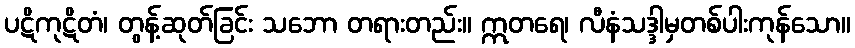
ပဋိကုဋိတံ၊ တွန့်ဆုတ်ခြင်း သဘော တရားတည်း။ ဣတရေ၊ လီနံသဒ္ဒါမှတစ်ပါးကုန်သော။